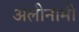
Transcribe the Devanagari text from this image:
अलीनामी